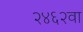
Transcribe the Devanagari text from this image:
२४६२वा